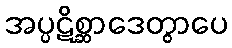
အပ္ပဋိစ္ဆာဒေတွာပေ